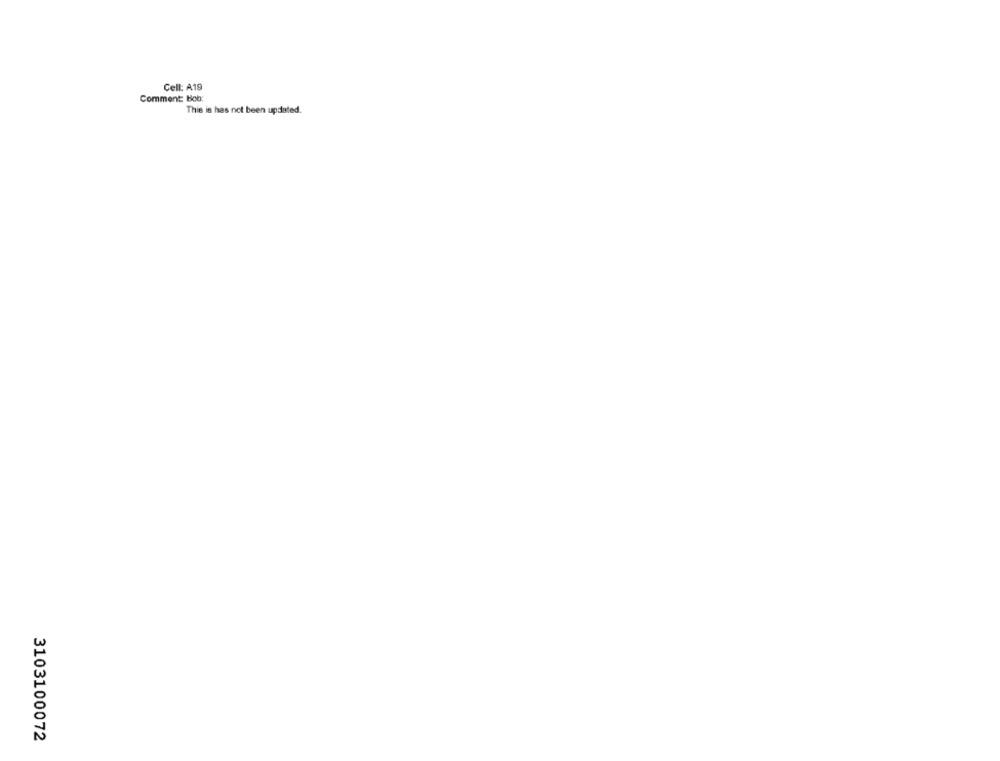
Cell: A19
Comment Bob:
This is has not been updated.
3103100072